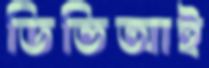
ডিভিআই